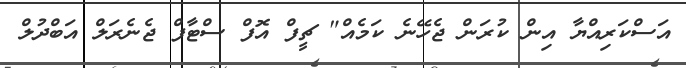
އަސްކަރިއްޔާ އިން ކުރަން ޖެހޭނެ ކަމެއް" ޗީފް އޮފް ސްޓާފް ޖެނެރަލް އަބްދުލް